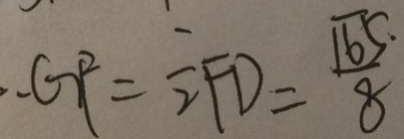
, G P = \frac { 1 } { 2 } F D = \frac { \sqrt { 6 5 . } } { 8 }